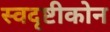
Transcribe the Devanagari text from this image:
स्वदृष्टीकोन